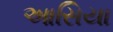
આસિયા